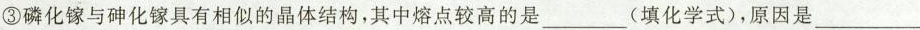
③磷化镓与砷化镓具有相似的晶体结构，其中熔点较高的是___(填化学式)，原因是___